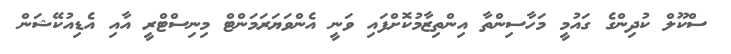
ސްކޫލް ކުދިންގެ ގައުމީ މަހާސިންތާ އިންތިޒާމުކޮށްފައި ވަނީ އެންވަޔަރަމަންޓް މިނިސްޓްރީ އާއި އެޑިއުކޭޝަން